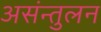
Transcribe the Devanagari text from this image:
असंन्तुलन